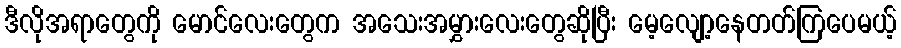
ဒီလိုအရာတွေကို မောင်လေးတွေက အသေးအမွှားလေးတွေဆိုပြီး မေ့လျော့နေတတ်ကြပေမယ့်